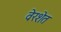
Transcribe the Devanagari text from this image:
वेरशेत